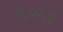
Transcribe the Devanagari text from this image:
९०५२